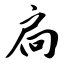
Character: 扃